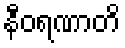
နီဝရဏာတိ